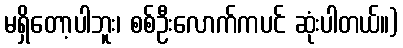
မရှိတော့ပါဘူး၊ စစ်ဦးလောက်ကပင် ဆုံးပါတယ်။)